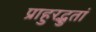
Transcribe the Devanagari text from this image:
प्राहुरद्भुतां